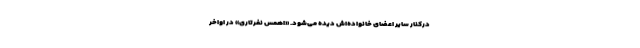
درکنار سایر اعضای خانواده‌اش دیده می‌شود. «اهمس نفرتاری» در اواخر